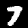
Digit: 7